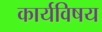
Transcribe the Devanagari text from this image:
कार्यविषय